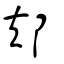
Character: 邞